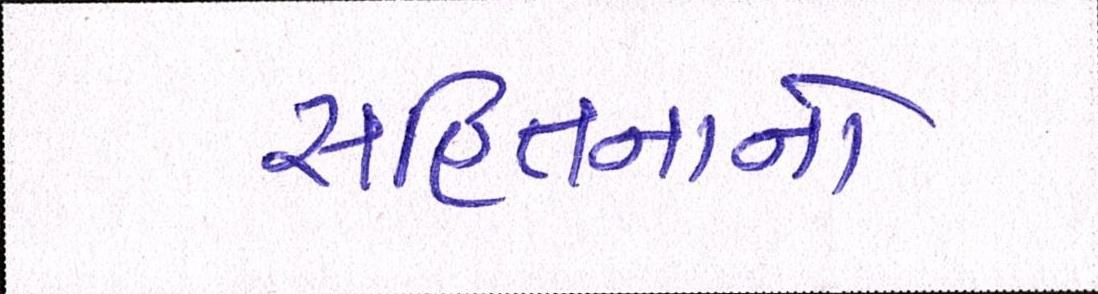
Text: સહિતનાનો